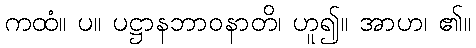
ကထံ။ ပ။ ပဋ္ဌာနဘာဝနာတိ၊ ဟူ၍။ အာဟ၊ ၏။